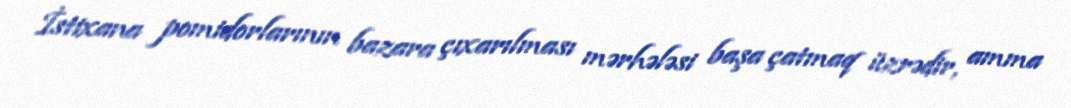
İstixana pomidorlarının bazara çıxarılması mərhələsi başa çatmaq üzrədir, amma